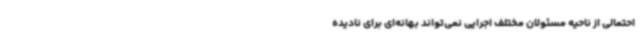
احتمالی از ناحیه مسئولان مختلف اجرایی نمی‌تواند بهانه‌ای برای نادیده